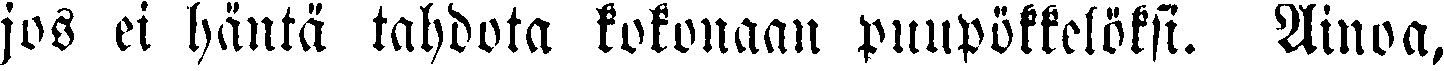
jos ei häntä tahdota kokonaan puupökkelöksi. Ainoa,